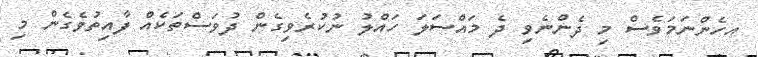
އހެެންނަމަވެސް މި ދެންނެވި ދެ މައްސަލަ ހައްލު ނުކުރެވިގެން ދުވަސްތަކެއް ފާއިތުވެގެން މި